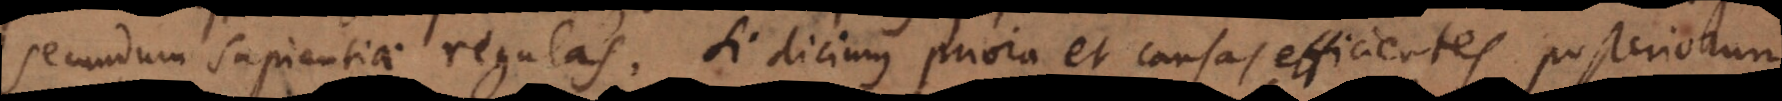
secundum sapientiae regulas. Si dicimus priora et causas efficientes posteriorum,